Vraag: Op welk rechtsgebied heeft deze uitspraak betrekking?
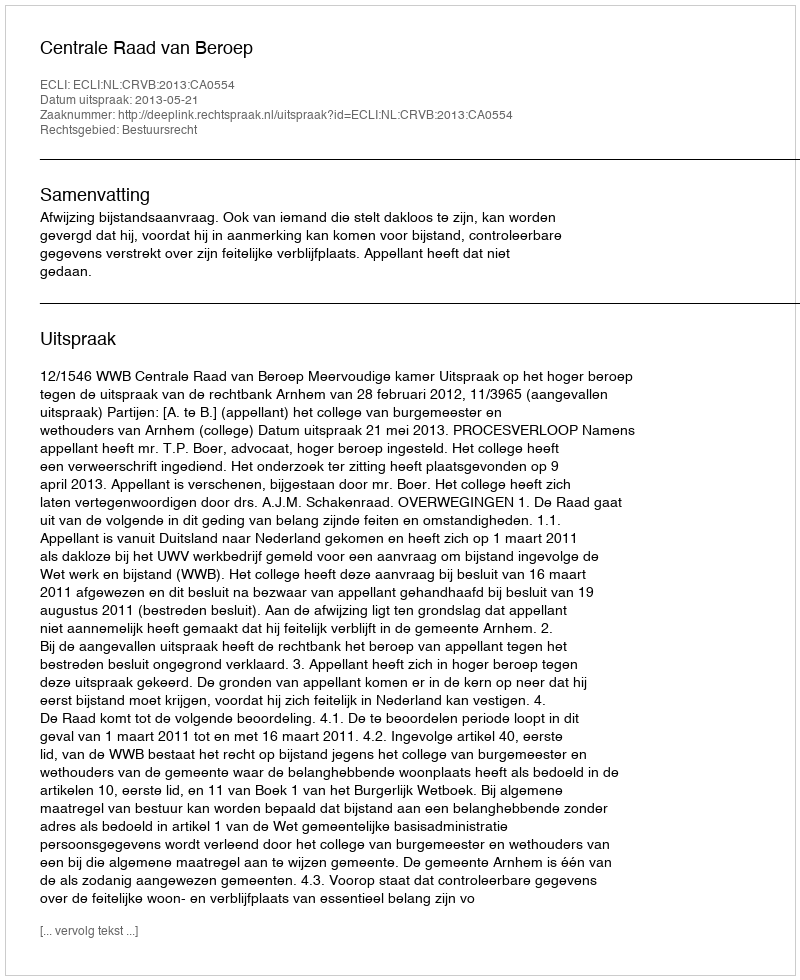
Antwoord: Bestuursrecht